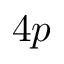
4 p